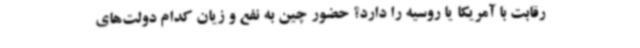
رقابت با آمریکا یا روسیه را دارد؟ حضور چین به نفع و زیان کدام دولت‌های